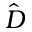
\hat { D }